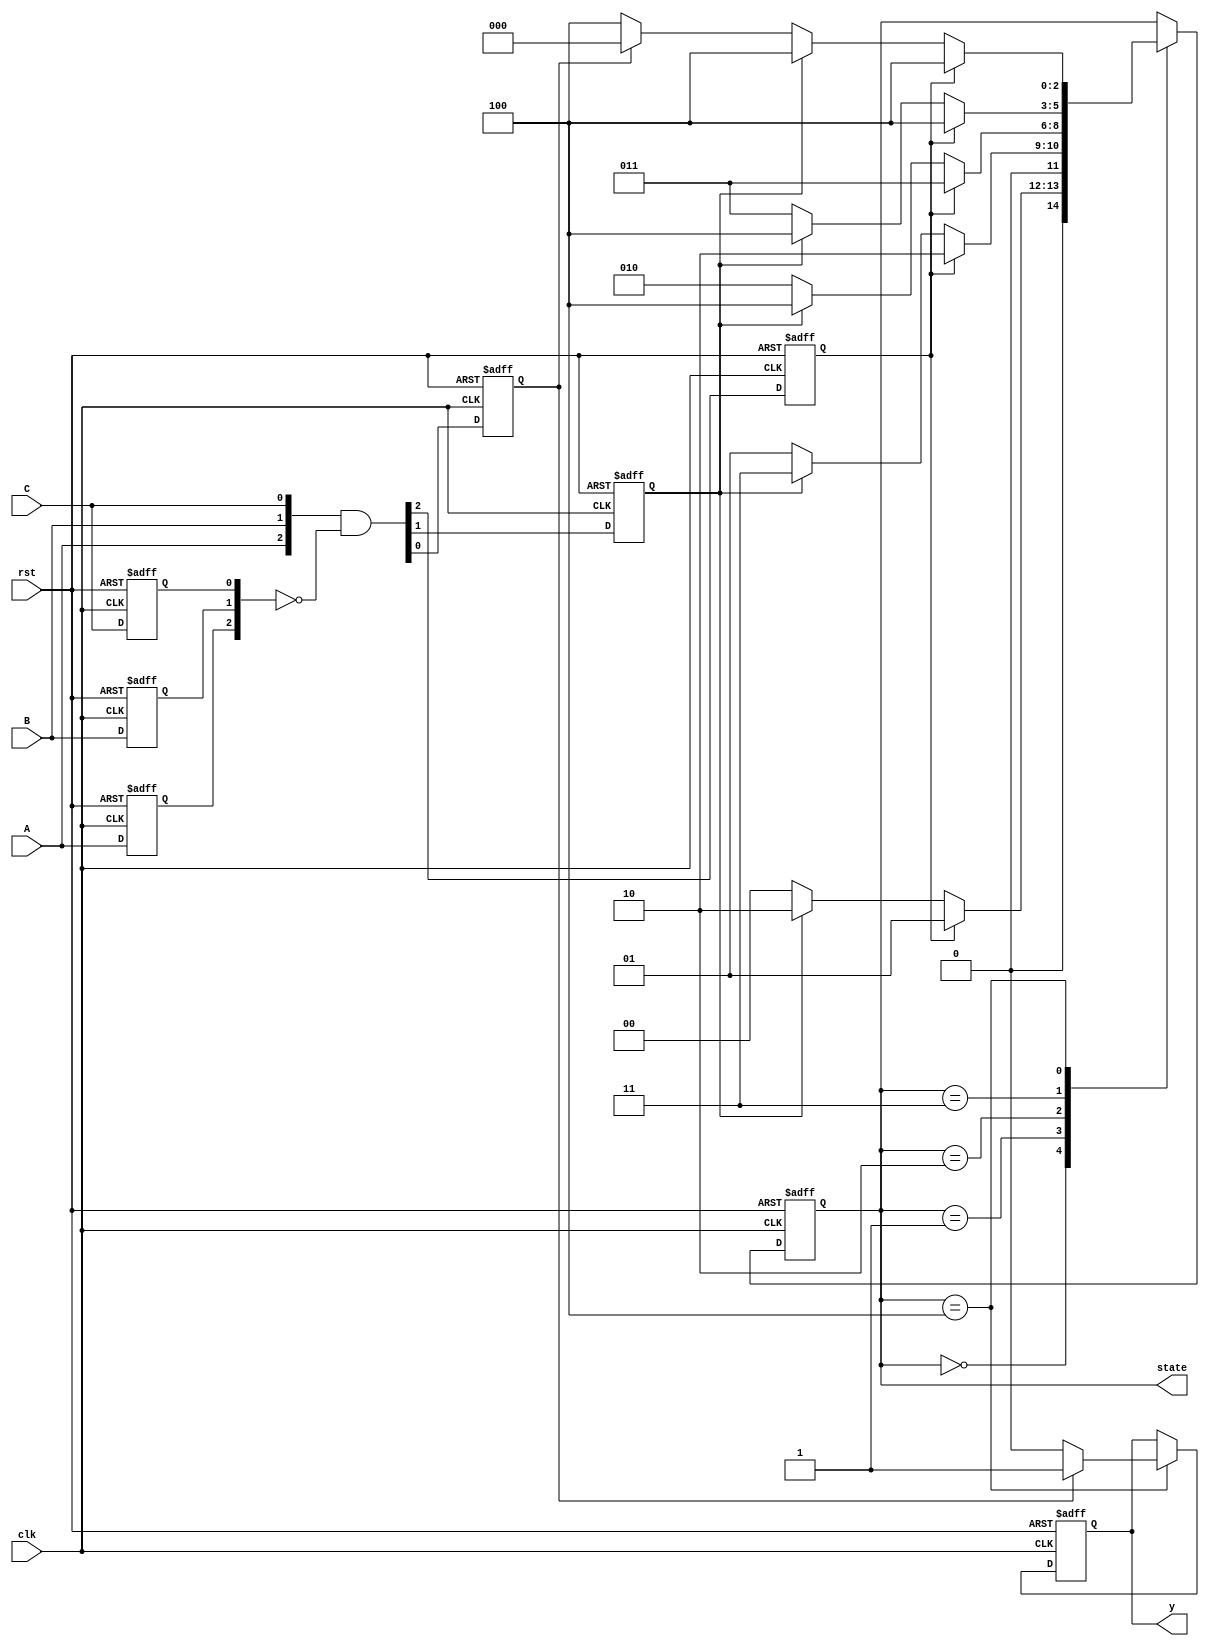
`timescale 1ns / 1ps
//////////////////////////////////////////////////////////////////////////////////
// Company: 
// Engineer: 
// 
// Design Name: 
// Module Name: SM2
// Project Name: 
// Target Devices: 
// Tool Versions: 
// Description: 
// 
// Dependencies: 
// 
// Revision:
// Revision 0.01 - File Created
// Additional Comments:
// 
//////////////////////////////////////////////////////////////////////////////////


module SM2(clk, rst, A, B, C, state, y);

input clk, rst;
input A, B, C;
reg A_reg, B_reg, C_reg;
reg A_trig, B_trig, C_trig;
output reg [2:0] state;
output reg y;

parameter S0 = 3'b000;
parameter S50 = 3'b001;
parameter S100 = 3'b010;
parameter S150 = 3'b011;
parameter S200 = 3'b100;

always @(negedge rst or posedge clk) begin
    if(!rst) begin
        {A_reg,B_reg,C_reg} <= 3'b000;
        {A_trig,B_trig,C_trig} <= 3'b000;
    end
    else begin
        {A_reg, B_reg, C_reg} <= {A,B,C};
        {A_trig, B_trig, C_trig} <= {A,B,C} & ~{A_reg, B_reg, C_reg};
    end
end

always @(negedge rst or posedge clk) begin
    if(!rst) state <= S0;
    else begin
        case(state)
            S0 : state <= A_trig ? S50 : B_trig ? S100 : S0;
            S50 : state <= A_trig ? S100 : B_trig ? S150 : S50;
            S100 : state <= A_trig ? S150 : B_trig ? S200 : S100;
            S150 : state <= A_trig ? S200 : B_trig ? S200 : S150;
            S200 : state <= A_trig ? S200 : B_trig ? S200 : C_trig ? S0 : S200;
        endcase
    end
end

always @(negedge rst or posedge clk) begin
    if(!rst) y <= 0;
    else begin
        case(state)
            S200 : y <= C_trig ? 1: 0;
        endcase
    end
end
endmodule